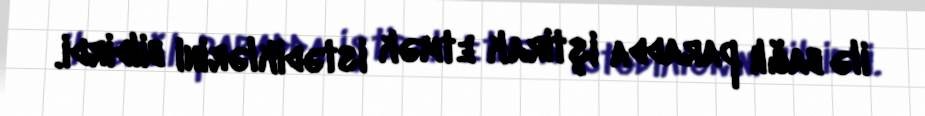
ilə bağlı paradda iştirak etmək istədiklərini bildirdi.